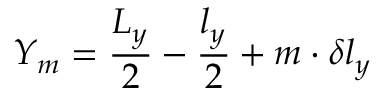
Y _ { m } = \frac { L _ { y } } { 2 } - \frac { l _ { y } } { 2 } + m \cdot \delta l _ { y }